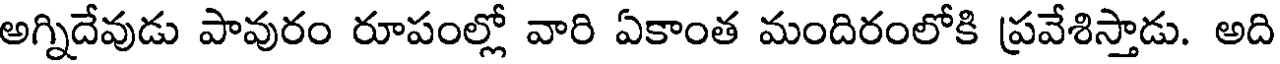
అగ్నిదేవుడు పావురం రూపంల్లో వారి ఏకాంత మందిరంలోకి ప్రవేశిస్తాడు. అది